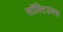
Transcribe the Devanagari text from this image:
सॉल्टिउक्स